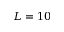
L = 1 0